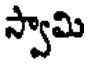
స్వామి